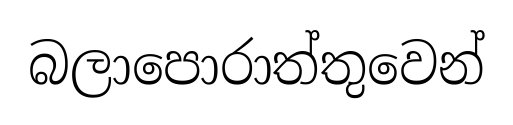
බලාපොරාත්තුවෙන්